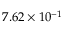
7 . 6 2 \times 1 0 ^ { - 1 }